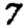
Digit: 7